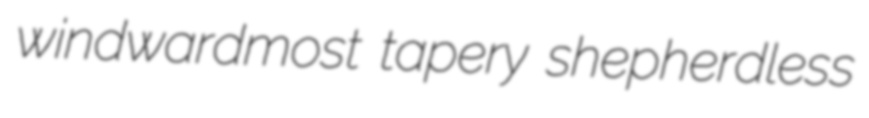
windwardmost tapery shepherdless